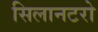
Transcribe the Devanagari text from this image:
सिलानटरो